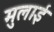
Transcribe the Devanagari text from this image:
मुलाई